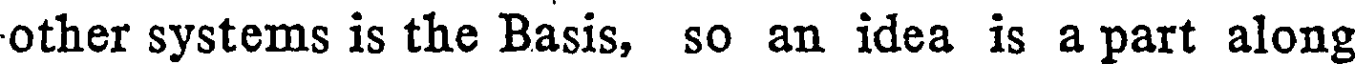
other systems is the Basis, so an idea is a part along